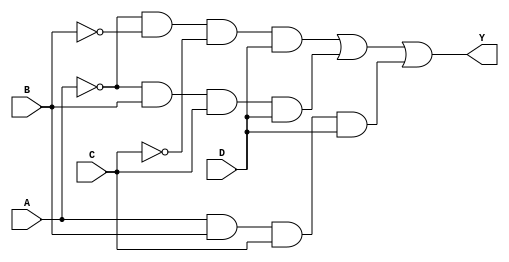
module combinational_logic (
    input wire A,       // Input variable A
    input wire B,       // Input variable B
    input wire C,       // Input variable C
    input wire D,       // Input variable D
    output wire Y       // Output of the logical function
);

    // Define minterms (for example, let's say we have minterms 1, 3, 7)
    // In binary, these correspond to A'B'C'D', A'B'C'D, A'BCD, ABCD respectively
    wire m1 = (~A & ~B & ~C & D); // minterm 1
    wire m3 = (~A & B & C & D);    // minterm 3
    wire m7 = (A & B & C & D);      // minterm 7

    // Combine minterms to form the output
    assign Y = m1 | m3 | m7; // Output is high if any minterm is true

endmodule